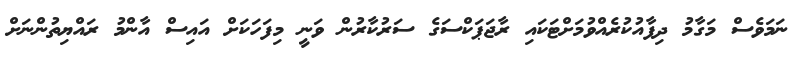
ނަމަވެސް މަގާމު ދިފާއުކުރެއްވުމަށްޓަކައި ރާޖަޕަކްސަގެ ސަރުކާރުން ވަނީ މިފަހަކަށް އައިސް އާންމު ރައްޔިތުންނަށް